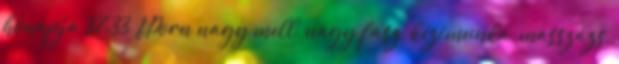
hónapja 37:33 VPorn nagy mell, nagy fasz, kézimunka, masszázs,